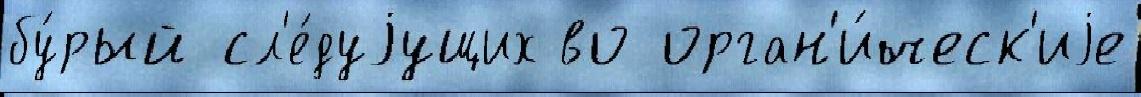
бу́рый сл'е́дуjущих во орган'и́ческ'иjе